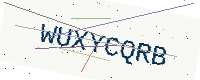
Text: WUXYCQRB